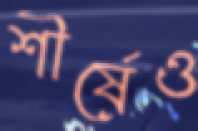
শীর্ষেও